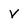
Character: V